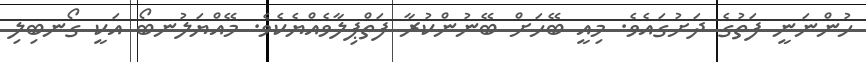
ހުންނަނީ ފަތުގެ ދަށުގައެވެ. މިއީ ބޭހަށް ބޭނުންކުރާ ފަތްޕިލާވެއްޔެކެވެ. މޭއްޔަލުނބޯ އަކީ ގޯނބިލި